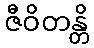
ဇီဝိတန္တိ